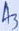
Text: A3